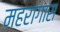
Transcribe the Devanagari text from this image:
महरागास